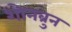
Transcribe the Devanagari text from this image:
शोनब्रुन